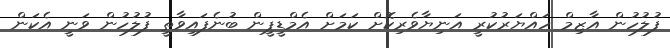
ފުލުހުން އާޒިމް ހައްޔަރުކުރީ އަނިޔާވެރިކޮށް ކަމަށް އެމްޑީޕީން ބުނެފައިވާތީ ފުލުހުން ވަނީ އެކަން